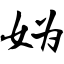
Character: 妫